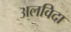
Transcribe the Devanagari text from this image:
अलविदा